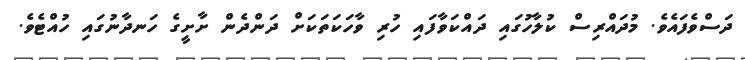
ދަސްވެފައެވެ. މުދައްރިސް ކުލާހުގައި ދައްކަވާފައި ހުރި ވާހަކަތަކަށް ދަންދެން ށާށީގެ ހަނދާނުގައި ހުއްޓެވެ.